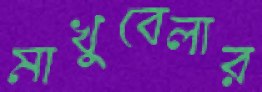
মাখুবেলার